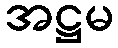
အဋ္ဌမ